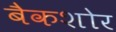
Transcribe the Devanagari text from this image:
बैकशोर